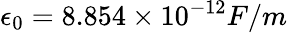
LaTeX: \epsilon_{0}=8.854\times 10^{-12}F/m